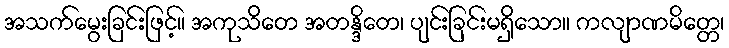
အသက်မွေးခြင်းဖြင့်။ အကုသိတေ အတန္ဒိတေ၊ ပျင်းခြင်းမရှိသော။ ကလျာဏမိတ္တေ၊